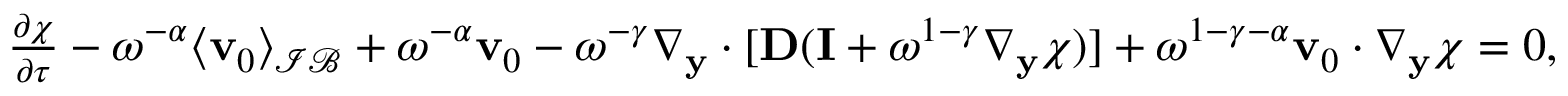
\begin{array} { r } { \frac { \partial \boldsymbol \chi } { \partial \tau } - \omega ^ { - \alpha } \langle \mathbf v _ { 0 } \rangle _ { \mathcal { I B } } + \omega ^ { - \alpha } \mathbf v _ { 0 } - \omega ^ { - \gamma } \nabla _ { \mathbf y } \cdot [ \mathbf D ( \mathbf I + \omega ^ { 1 - \gamma } \nabla _ { \mathbf y } \boldsymbol \chi ) ] + \omega ^ { 1 - \gamma - \alpha } \mathbf v _ { 0 } \cdot \nabla _ { \mathbf y } \boldsymbol \chi = 0 , } \end{array}